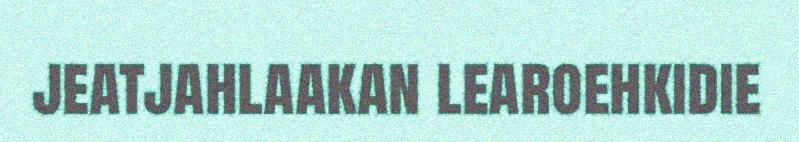
jeatjahlaakan learoehkidie